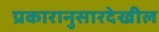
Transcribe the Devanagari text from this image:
प्रकारानुसारदेखील